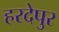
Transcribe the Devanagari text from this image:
हरदेपुर